Indian journal of veterinary science and animal husbandry - Volume 1,
Year: 1931
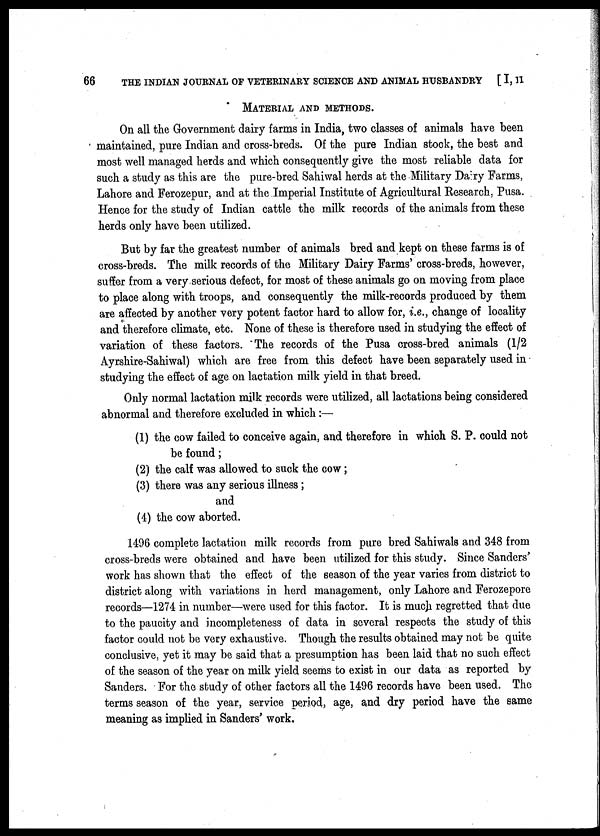
66 THE INDIAN JOURNAL OF VETERINARY SCIENCE AND ANIMAL HUSBANDRY [ I, II
MATERIAL AND METHODS.
On all the Government dairy farms in India, two classes of animals have been
maintained, pure Indian and cross-breds. Of the pure Indian stock, the best and
most well managed herds and which consequently give the most reliable data for
such a study as this are the pure-bred Sahiwal herds at the Military Dairy Farms,
Lahore and Ferozepur, and at the Imperial Institute of Agricultural Research, Pusa.
Hence for the study of Indian cattle the milk records of the animals from these
herds only have been utilized.
But by far the greatest number of animals bred and kept on these farms is of
cross-breds. The milk records of the Military Dairy Farms' cross-breds, however,
suffer from a very serious defect, for most of these animals go on moving from place
to place along with troops, and consequently the milk-records produced by them
are affected by another very potent factor hard to allow for, i.e., change of locality
and therefore climate, etc. None of these is therefore used in studying the effect of
variation of these factors. The records of the Pusa cross-bred animals (1/2
Ayrshire-Sahiwal) which are free from this defect have been separately used in
studying the effect of age on lactation milk yield in that breed.
Only normal lactation milk records were utilized, all lactations being considered
abnormal and therefore excluded in which :—
(1) the cow failed to conceive again, and therefore in which S. P. could not
be found ;
(2) the calf was allowed to suck the cow ;
(3) there was any serious illness ;
and
(4) the cow aborted.
1496 complete lactation milk records from pure bred Sahiwals and 348 from
cross-breds were obtained and have been utilized for this study. Since Sanders'
work has shown that the effect of the season of the year varies from district to
district along with variations in herd management, only Lahore and Ferozepore
records—1274 in number—were used for this factor. It is much regretted that due
to the paucity and incompleteness of data in several respects the study of this
factor could not be very exhaustive. Though the results obtained may not be quite
conclusive, yet it may be said that a presumption has been laid that no such effect
of the season of the year on milk yield seems to exist in our data as reported by
Sanders. For the study of other factors all the 1496 records have been used. The
terms season of the year, service period, age, and dry period have the same
meaning as implied in Sanders' work.